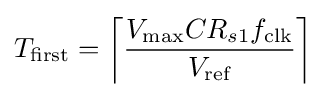
T_{\text{first}}=\left\lceil {\frac {V_{\text{max}}CR_{s1}f_{\text{clk}}}{V_{\text{ref}}}}\right\rceil